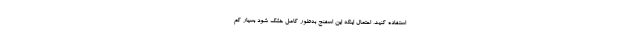
استفاده کنید، احتمال اینکه این اسفنج به‌طور کامل خشک شود بسیار کم